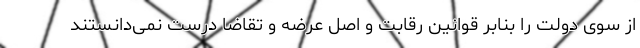
از سوی دولت را بنابر قوانین رقابت و اصل عرضه و تقاضا درست نمی‌دانستند